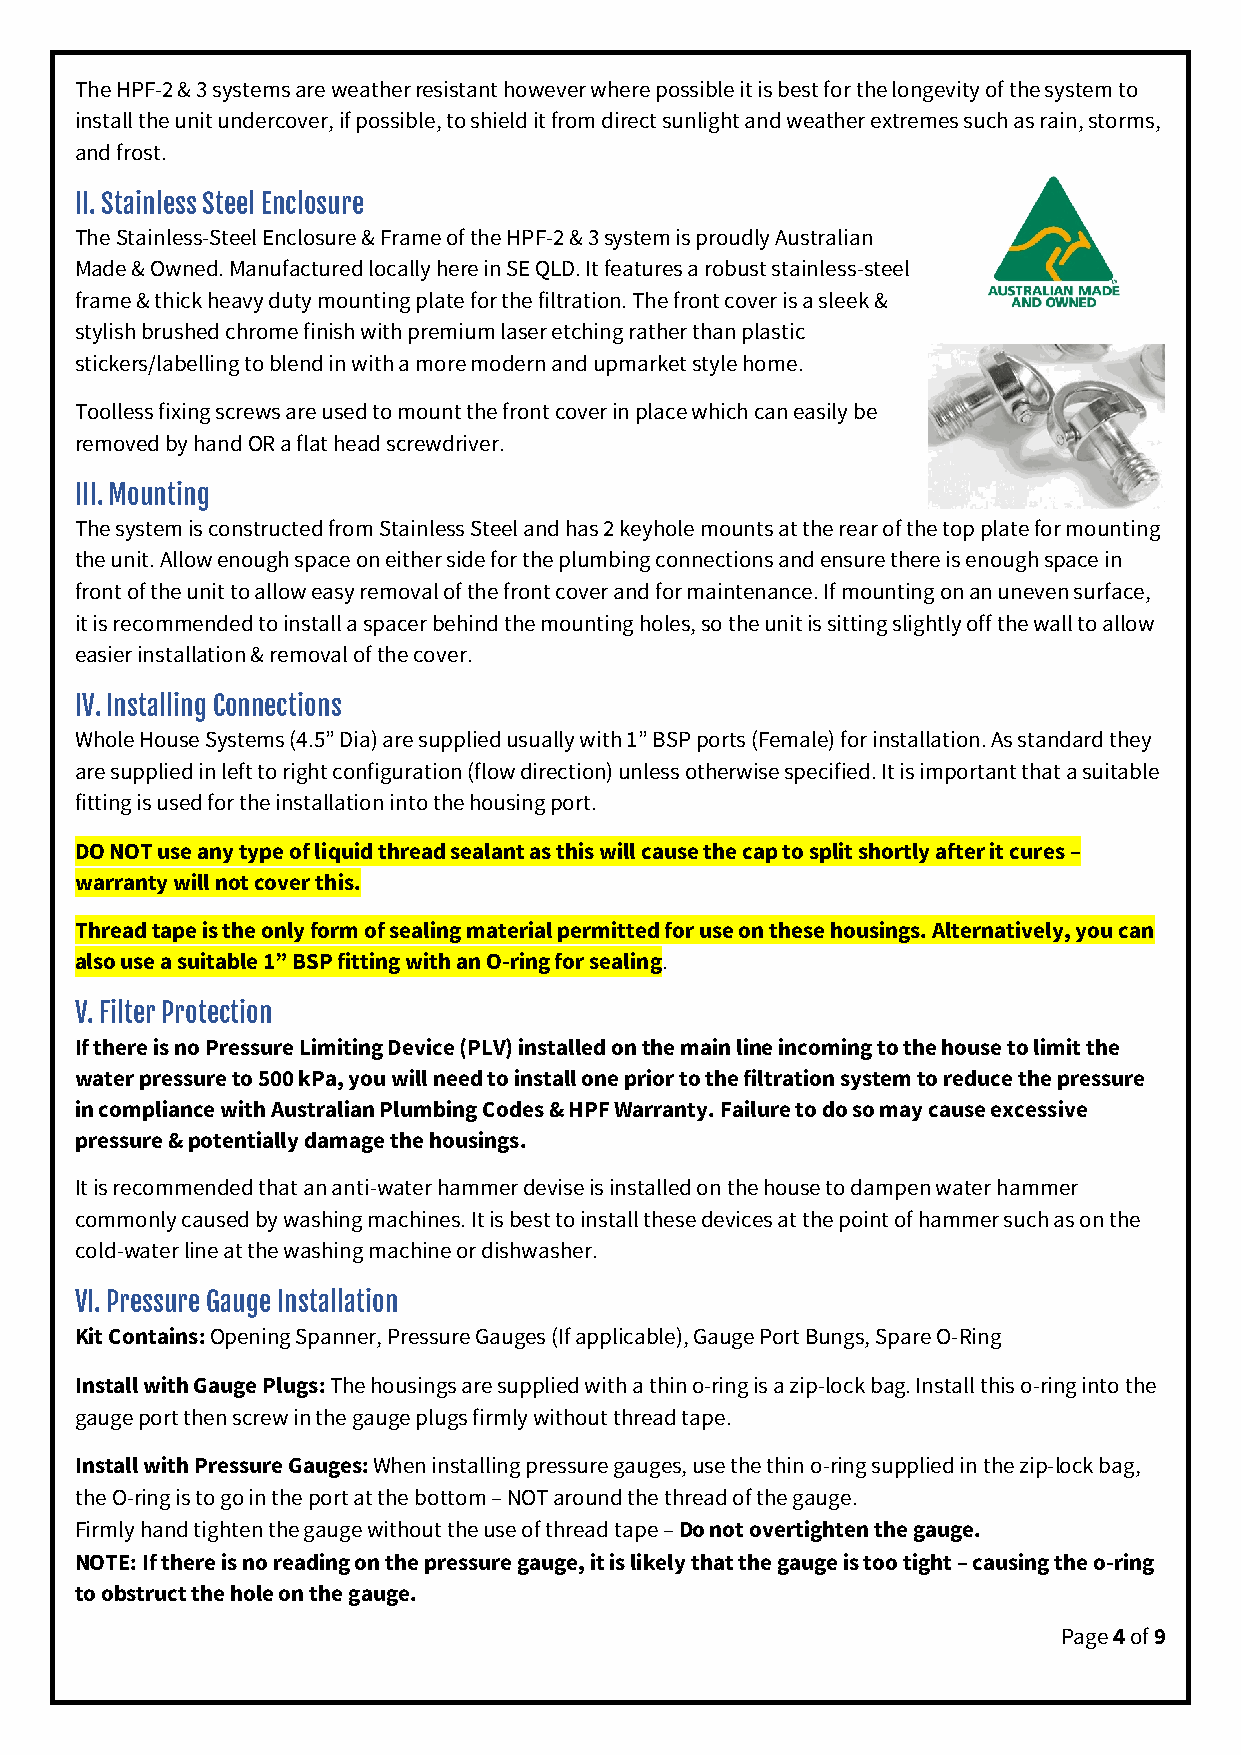
The HPF-2 & 3 systems are weather resistant however where possible it is best for the longevity of the system to
 install the unit undercover, if possible, to shield it from direct sunlight and weather extremes such as rain, storms,
 and frost.
 II. Stainless Steel Enclosure
 The Stainless-Steel Enclosure & Frame of the HPF-2 & 3 system is proudly Australian
 Made & Owned. Manufactured locally here in SE QLD. It features a robust stainless-steel
 frame & thick heavy duty mounting plate for the filtration. The front cover is a sleek &
 stylish brushed chrome finish with premium laser etching rather than plastic
 stickers/labelling to blend in with a more modern and upmarket style home.
 Toolless fixing screws are used to mount the front cover in place which can easily be
 removed by hand OR a flat head screwdriver.
 III. Mounting
 The system is constructed from Stainless Steel and has 2 keyhole mounts at the rear of the top plate for mounting
 the unit. Allow enough space on either side for the plumbing connections and ensure there is enough space in
 front of the unit to allow easy removal of the front cover and for maintenance. If mounting on an uneven surface,
 it is recommended to install a spacer behind the mounting holes, so the unit is sitting slightly off the wall to allow
 easier installation & removal of the cover.
 IV. Installing Connections
 Whole House Systems (4.5” Dia) are supplied usually with 1” BSP ports (Female) for installation. As standard they
 are supplied in left to right configuration (flow direction) unless otherwise specified. It is important that a suitable
 fitting is used for the installation into the housing port.
 DO NOT use any type of liquid thread sealant as this will cause the cap to split shortly after it cures –
 warranty will not cover this.
 Thread tape is the only form of sealing material permitted for use on these housings. Alternatively, you can
 also use a suitable 1” BSP fitting with an O-ring for sealing.
 V. Filter Protection
 If there is no Pressure Limiting Device (PLV) installed on the main line incoming to the house to limit the
 water pressure to 500 kPa, you will need to install one prior to the filtration system to reduce the pressure
 in compliance with Australian Plumbing Codes & HPF Warranty. Failure to do so may cause excessive
 pressure & potentially damage the housings.
 It is recommended that an anti-water hammer devise is installed on the house to dampen water hammer
 commonly caused by washing machines. It is best to install these devices at the point of hammer such as on the
 cold-water line at the washing machine or dishwasher.
 VI. Pressure Gauge Installation
 Kit Contains: Opening Spanner, Pressure Gauges (If applicable), Gauge Port Bungs, Spare O-Ring
 Install with Gauge Plugs: The housings are supplied with a thin o-ring is a zip-lock bag. Install this o-ring into the
 gauge port then screw in the gauge plugs firmly without thread tape.
 Install with Pressure Gauges: When installing pressure gauges, use the thin o-ring supplied in the zip-lock bag,
 the O-ring is to go in the port at the bottom – NOT around the thread of the gauge.
 Firmly hand tighten the gauge without the use of thread tape – Do not overtighten the gauge.
 NOTE: If there is no reading on the pressure gauge, it is likely that the gauge is too tight – causing the o-ring
 to obstruct the hole on the gauge.
 Page 4 of 9